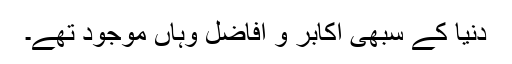
دنیا کے سبھی اکابر و افاضل وہاں موجود تھے۔